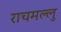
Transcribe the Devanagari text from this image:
राचमल्लु